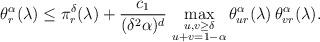
LaTeX: \begin{align*} \theta^\alpha_r (\lambda)\le \pi_r^\delta(\lambda)+\frac{c_1}{(\delta^2\alpha)^d}\,\max_{\substack{u,v\ge\delta \\ u+v=1-\alpha}}\theta^\alpha_{ur}(\lambda)\,\theta^\alpha_{vr}(\lambda).\end{align*}